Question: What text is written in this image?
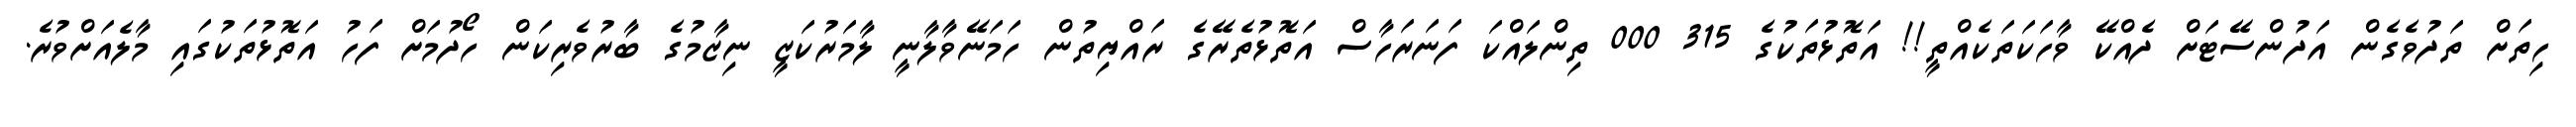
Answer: ހިތަށް ތަދުވެގެން އަދުންސޭޓަށް ދެއްކޭ ވާހަކަތަކެއްތީ!! އަތޮޅުތަކުގެ 315 000 ތިންލައްކަ ފަނަރަހާސް އަތޮޅުތެރޭގެ ރައްޔިތުން ހަމަނޭވާލާނީ ލާމަރުކަޒީ ނިޒާމުގެ ބާރުވެރިކަން ހޯދުމަށް ފަހު އަތޮޅުތަކުގައި މާލެއަށްވުރެ.